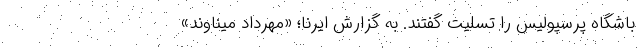
باشگاه پرسپولیس را تسلیت گفتند. به گزارش ایرنا؛ «مهرداد میناوند»